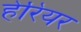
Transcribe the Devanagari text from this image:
हेरियर